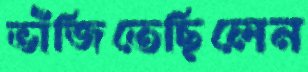
ভাঁজিতেছিলেন